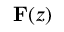
\mathbf { F } ( z )